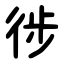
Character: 徏